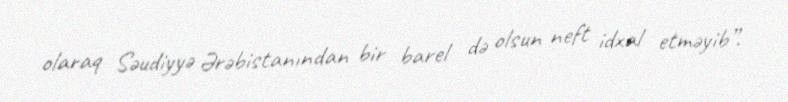
olaraq Səudiyyə Ərəbistanından bir barel də olsun neft idxal etməyib”.